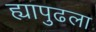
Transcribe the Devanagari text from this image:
ह्यापुढला